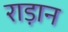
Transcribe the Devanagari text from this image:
राड़ान